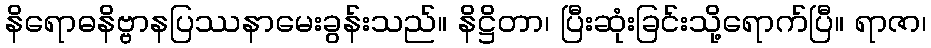
နိရောဓနိဗ္ဗာနပြဿနာမေးခွန်းသည်။ နိဋ္ဌိတာ၊ ပြီးဆုံးခြင်းသို့ရောက်ပြီ။ ရာဇာ၊